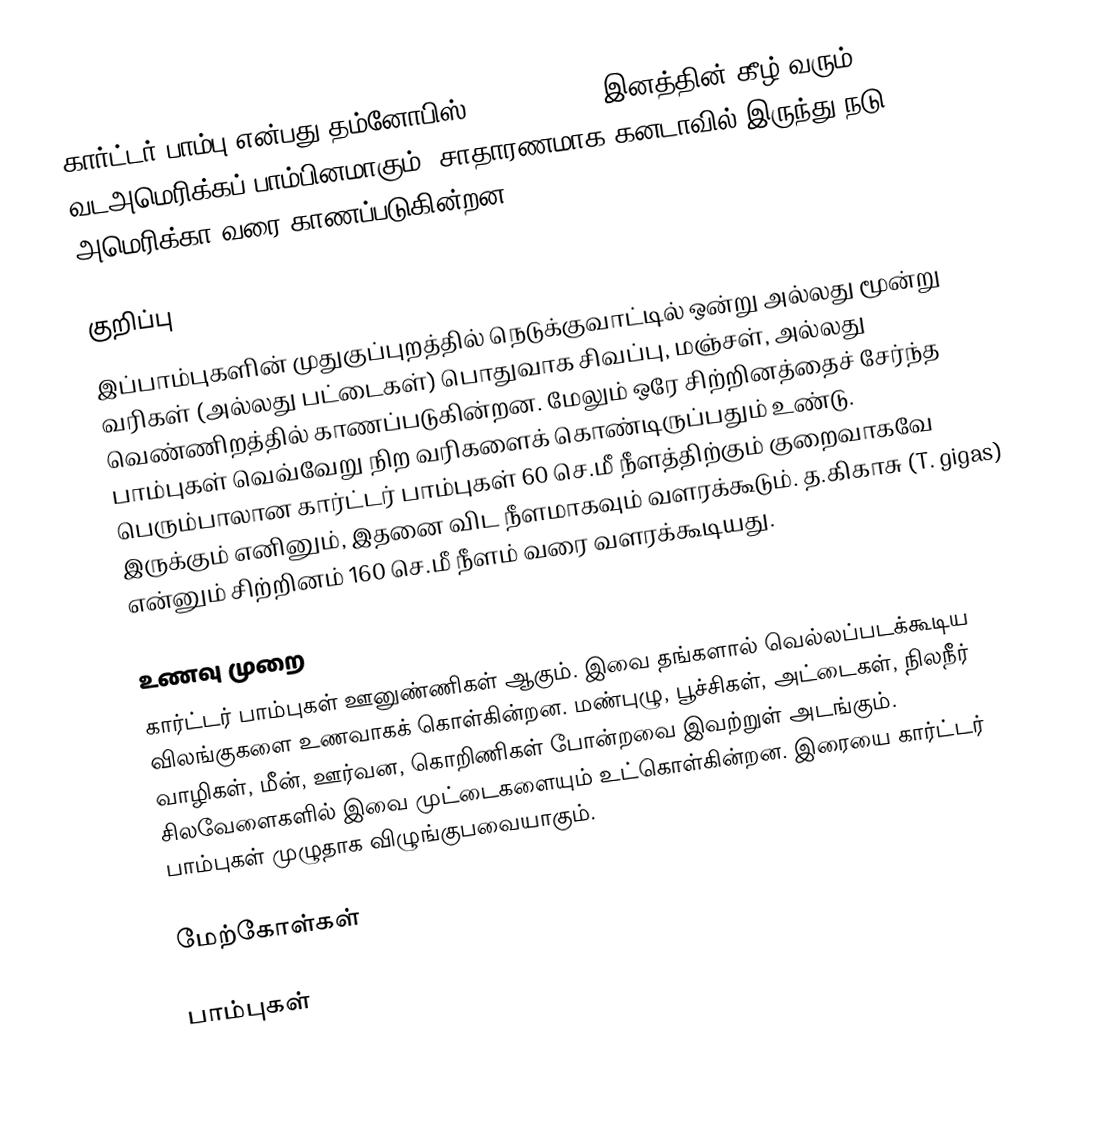
கார்ட்டர் பாம்பு என்பது தம்னோபிஸ் (Thamnophis) இனத்தின் கீழ் வரும் வடஅமெரிக்கப் பாம்பினமாகும். சாதாரணமாக கனடாவில் இருந்து நடு அமெரிக்கா வரை காணப்படுகின்றன.

குறிப்பு
இப்பாம்புகளின் முதுகுப்புறத்தில் நெடுக்குவாட்டில் ஒன்று அல்லது மூன்று வரிகள் (அல்லது பட்டைகள்) பொதுவாக சிவப்பு, மஞ்சள், அல்லது வெண்ணிறத்தில் காணப்படுகின்றன. மேலும் ஒரே சிற்றினத்தைச் சேர்ந்த பாம்புகள் வெவ்வேறு நிற வரிகளைக் கொண்டிருப்பதும் உண்டு. பெரும்பாலான கார்ட்டர் பாம்புகள் 60 செ.மீ நீளத்திற்கும் குறைவாகவே இருக்கும் எனினும், இதனை விட நீளமாகவும் வளரக்கூடும். த.கிகாசு (T. gigas) என்னும் சிற்றினம் 160 செ.மீ நீளம் வரை வளரக்கூடியது.

உணவு முறை
கார்ட்டர் பாம்புகள் ஊனுண்ணிகள் ஆகும். இவை தங்களால் வெல்லப்படக்கூடிய விலங்குகளை உணவாகக் கொள்கின்றன. மண்புழு, பூச்சிகள், அட்டைகள், நிலநீர் வாழிகள், மீன், ஊர்வன, கொறிணிகள் போன்றவை இவற்றுள் அடங்கும். சிலவேளைகளில் இவை முட்டைகளையும் உட்கொள்கின்றன. இரையை கார்ட்டர் பாம்புகள் முழுதாக விழுங்குபவையாகும்.

மேற்கோள்கள்

பாம்புகள்